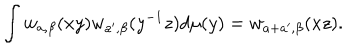
\int w _ { a , \beta } ( x y ) w _ { a ^ { \prime } , \beta } ( y ^ { - 1 } z ) d \mu ( y ) = w _ { a + a ^ { \prime } , \beta } ( x z ) .